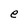
Character: e